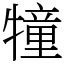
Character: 犝